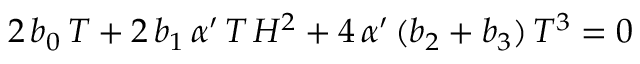
2 \, b _ { 0 } \, T + 2 \, b _ { 1 } \, \alpha ^ { \prime } \, T \, H ^ { 2 } + 4 \, \alpha ^ { \prime } \, ( b _ { 2 } + b _ { 3 } ) \, T ^ { 3 } = 0